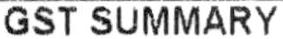
GST SUMMARY